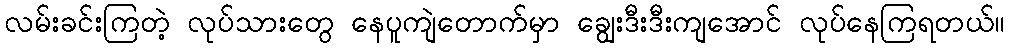
လမ်းခင်းကြတဲ့ လုပ်သားတွေ နေပူကျဲတောက်မှာ ချွေးဒီးဒီးကျအောင် လုပ်နေကြရတယ်။